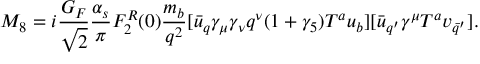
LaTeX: M _ { 8 } = i \frac { G _ { F } } { \sqrt { 2 } } \frac { \alpha _ { s } } { \pi } F _ { 2 } ^ { R } ( 0 ) \frac { m _ { b } } { q ^ { 2 } } [ \bar { u } _ { q } \gamma _ { \mu } \gamma _ { \nu } q ^ { \nu } ( 1 + \gamma _ { 5 } ) T ^ { a } u _ { b } ] [ \bar { u } _ { q ^ { \prime } } \gamma ^ { \mu } T ^ { a } v _ { \bar { q } ^ { \prime } } ] .